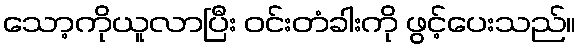
သော့ကိုယူလာပြီး ဝင်းတံခါးကို ဖွင့်ပေးသည်။